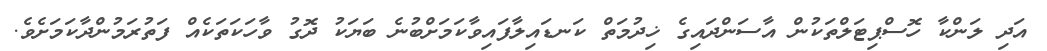
އަދި ލަންކާ ހޮސްޕިޓަލްތަކުން އާސަންދައިގެ ޚިދުމަތް ކަނޑައިލާފައިވާކަމަށްބުނެ ބަޔަކު ދޮގު ވާހަކަތަކެއް ފަތުރަމުންދާކަމަށެވެ.